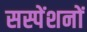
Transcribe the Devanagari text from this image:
सस्पेंशनों